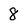
Character: 8